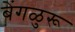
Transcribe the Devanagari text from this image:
बेंगळुरू